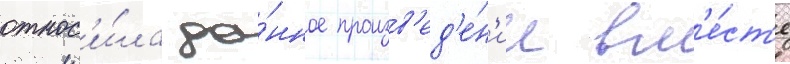
относ'и́ла да́нное произв'ед'е́н'ие вм'е́ст'е